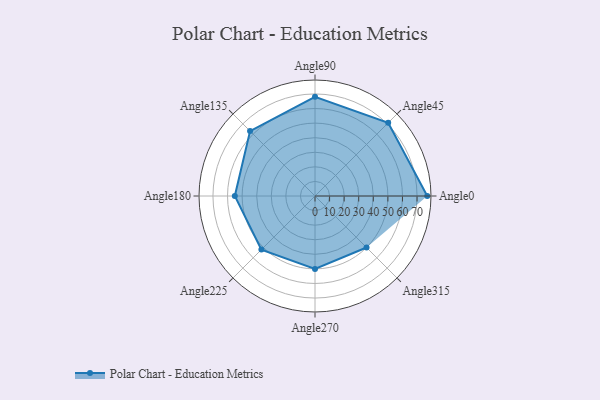
{"axis": {"x": "Angle", "y": "Radius"}, "legend": [""], "data": [{"x": "Angle0", "y": 77.0, "type": ""}, {"x": "Angle45", "y": 71.0, "type": ""}, {"x": "Angle90", "y": 68.0, "type": ""}, {"x": "Angle135", "y": 63.0, "type": ""}, {"x": "Angle180", "y": 55.0, "type": ""}, {"x": "Angle225", "y": 52.0, "type": ""}, {"x": "Angle270", "y": 50, "type": ""}, {"x": "Angle315", "y": 50, "type": ""}]}